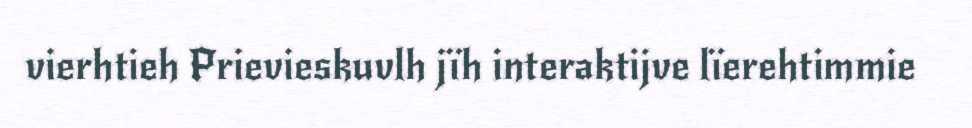
vierhtieh Prievieskuvlh jïh interaktijve lïerehtimmie